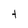
Character: t